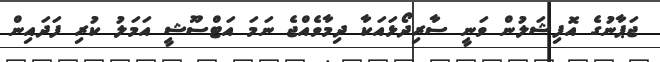
ޖަޕާނުގެ އޮފިޝަލުން ވަނީ ސާރިދޯޅައަކާ ދިމާވެއްޖެ ނަމަ އަޓްސޫޝީ އަމަލު ކުރި ފަދައިން